Code of medical and sanitary regulations for the guidance of medical officers serving in the Madras Presidency - Volume I
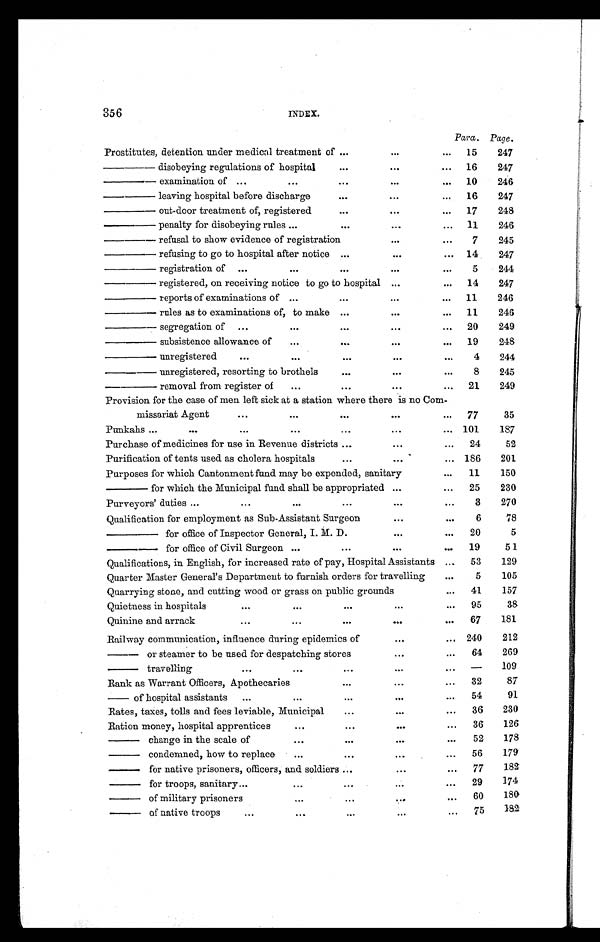
356 INDEX.
Para. Page.
Prostitutes, detention under medical treatment of ...
...
... 15
247
———disobeying regulations of hospital
...
...
... 16
247
———examination of ...
...
...
...
. . . 10
246
———leaving hospital before discharge
...
...
. . . 16
247
———out-door treatment of, registered
...
...
... 17
248
———penalty for disobeying rules ...
...
...
. . . 11
246
———refusal to show evidence of registration
...
. . . 7
245
———refusing to go to hospital after notice ...
...
... 14
247
———r e g i s t r a t i o n o f ...
...
. . .
...
...
5
244
———registered, on receiving notice to go to hospital ...
... 14
247
———reports of examinations of ...
...
...
... 11
246
——— rules as to examinations of, to make ...
...
... 11
246
———segregation of ...
...
. . .
...
... 20
249
———subsistence allowance of ...
...
...
... 19
248
———unregistered
...
...
. . .
...
. . .
4
244
— — — u n r e g i s t e r e d , r e s o r t i n g t o b r o t h e l s
. . .
...
. . .
8
245
——— removal from register of ...
. . .
...
... 21
249
Provision for the case of men left sick at a station where there is no Com-
missariat Agent
...
...
...
...
. . . 77
35
Punkahs ...
. . . ...
...
. . .
...
. . . 101
187
Purchase of medicines for use in Revenue districts ...
...
... 24
52
Purification of tents used as cholera hospitals
...
. . .
... 186
201
Purposes for which Cantonment fund may be expended, sanitary
... 11
150
——— for which the Municipal fund shall be appropriated ...
... 25
230
Purveyors' duties ...
...
...
...
...
...
3
270
Qualification for employment as Sub-Assistant Surgeon
...
...
6
78
———— for office of Inspector General, I. M. D.
...
... 20
5
— — — — f o r o f f i c e o f C i v i l S u r g e o n ...
...
...
. . . 19
51
Qualifications, in English, for increased rate of pay, Hospital Assistants ... 53
129
Quarter Master General's Department to furnish orders for travelling
. . .
5
105
Quarrying stone, and cutting wood or grass on public grounds
... 41
157
Quietness in hospitals
...
...
. . .
...
... 95
38
Quinine and arrack
...
...
...
...
... 67
181
Railway communication, influence during epidemics of
...
... 240
212
—— or steamer to be used for despatching stores
...
... 64
269
— — t r a v e l l i n g
...
...
. . .
...
... —
109
Rank as Warrant Officers, Apothecaries
...
...
... 32
87
— of hospital assistants ...
...
...
...
... 54
91
Rates, taxes, tolls and fees leviable, Municipal
...
...
... 36
230
Ration money, hospital apprentices
...
. . .
...
... 36
126
——change in the scale of
...
...
...
... 52
178
——condemned, how to replace ...
. . .
...
... 56
179
— — f o r n a t i v e p r i s o n e r s , o f f i c e r s , a n d s o l d i e r s ...
...
... 77
182
——for troops, sanitary ...
...
...
...
... 29
174
—— of military prisoners
...
...
...
. . . 60
180
——of native troops
...
...
. . .
...
... 75
182